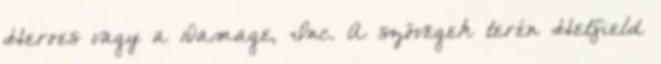
Heroes vagy a Damage, Inc. A szövegek terén Hetfield